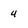
Character: 4